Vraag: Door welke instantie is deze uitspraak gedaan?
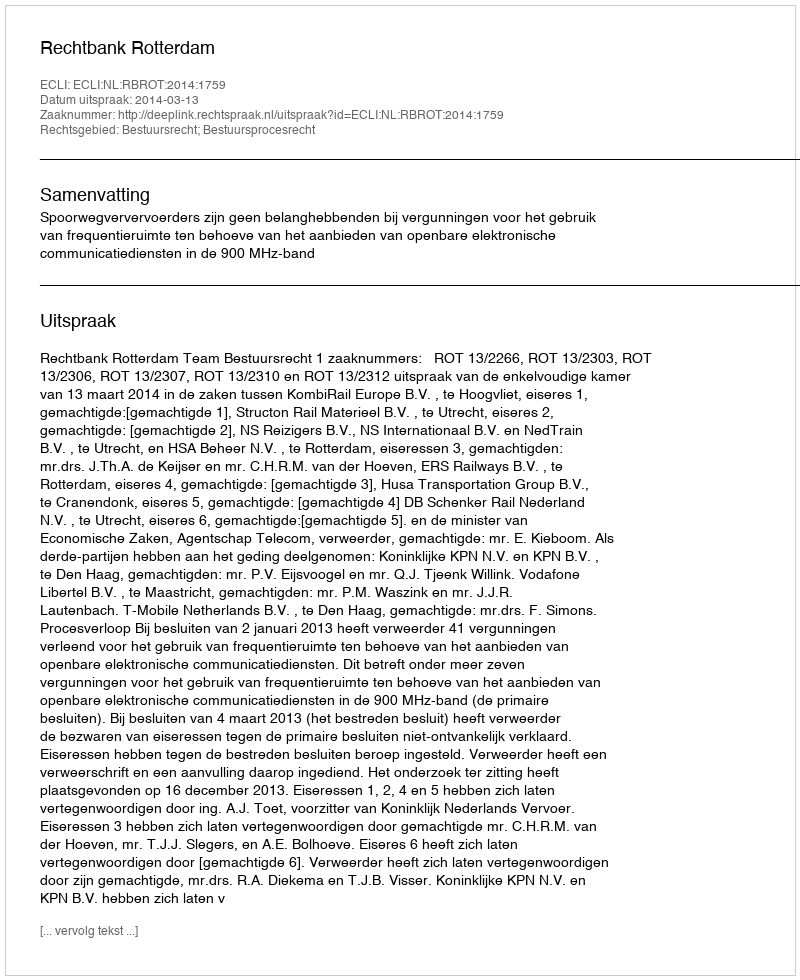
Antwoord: Rechtbank Rotterdam